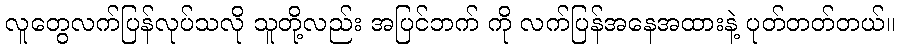
လူတွေလက်ပြန်လုပ်သလို သူတို့လည်း အပြင်ဘက် ကို လက်ပြန်အနေအထားနဲ့ ပုတ်တတ်တယ်။